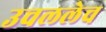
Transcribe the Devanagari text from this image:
उचललेच